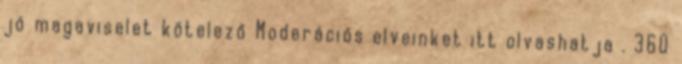
jó magaviselet kötelező Moderációs elveinket itt olvashatja . 360